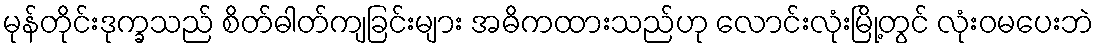
မုန်တိုင်းဒုက္ခသည် စိတ်ဓါတ်ကျခြင်းများ အဓိကထားသည်ဟု လောင်းလုံးမြို့တွင် လုံးဝမပေးဘဲ